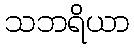
သဘရိယာ